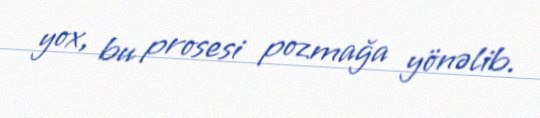
yox, bu prosesi pozmağa yönəlib.